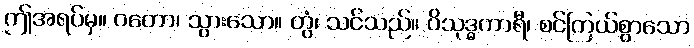
ဤအရပ်မှ။ ဂတော၊ သွားသော။ တွံ၊ သင်သည်။ ဝိသုဒ္ဓကာရီ၊ စင်ကြယ်စွာသော